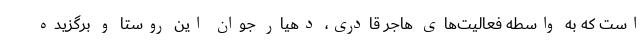
است که به واسطه فعالیت‌های هاجر قادری، دهیار جوان این روستا و برگزیده